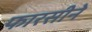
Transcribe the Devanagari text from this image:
फारसीने